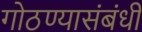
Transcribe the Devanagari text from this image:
गोठण्यासंबंधी